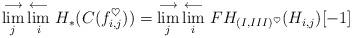
LaTeX: \begin{align*} \lim^{\longrightarrow}_j \lim^{\longleftarrow}_i \,H_*(C(f_{i,j}^\heartsuit)) = \lim^{\longrightarrow}_j\lim^{\longleftarrow}_i \, FH_{(I,III)^\heartsuit}(H_{i,j})[-1] \end{align*}